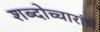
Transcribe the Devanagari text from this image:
शब्दोच्चारांचे